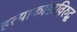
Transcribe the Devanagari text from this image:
हत्याकांडाविरुद्ध